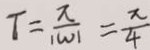
T = \frac { \pi } { 1 w 1 } = \frac { x } { 4 }